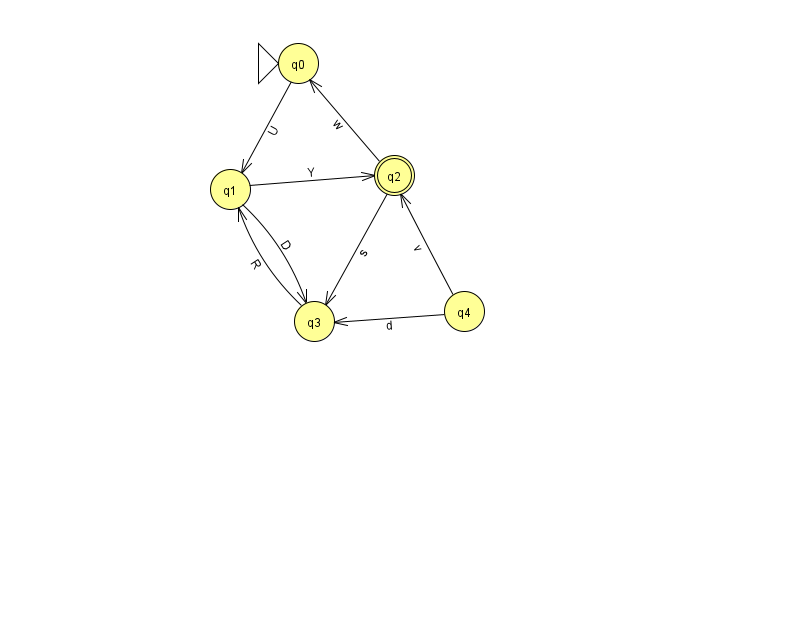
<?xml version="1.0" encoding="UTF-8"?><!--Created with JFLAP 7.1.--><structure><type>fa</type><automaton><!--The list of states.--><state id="0" name="q0"><x>298.0</x><y>50.0</y><initial/></state><state id="1" name="q1"><x>230.0</x><y>176.0</y></state><state id="2" name="q2"><x>394.0</x><y>162.0</y><final/></state><state id="3" name="q3"><x>314.0</x><y>308.0</y></state><state id="4" name="q4"><x>464.0</x><y>298.0</y></state><!--The list of transitions.--><transition><from>4</from><to>3</to><read>d</read></transition><transition><from>3</from><to>1</to><read>R</read></transition><transition><from>0</from><to>1</to><read>U</read></transition><transition><from>4</from><to>2</to><read>v</read></transition><transition><from>1</from><to>3</to><read>D</read></transition><transition><from>2</from><to>0</to><read>w</read></transition><transition><from>1</from><to>2</to><read>Y</read></transition><transition><from>2</from><to>3</to><read>s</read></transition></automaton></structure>